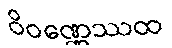
ဝိဝဏ္ဏေဿထ